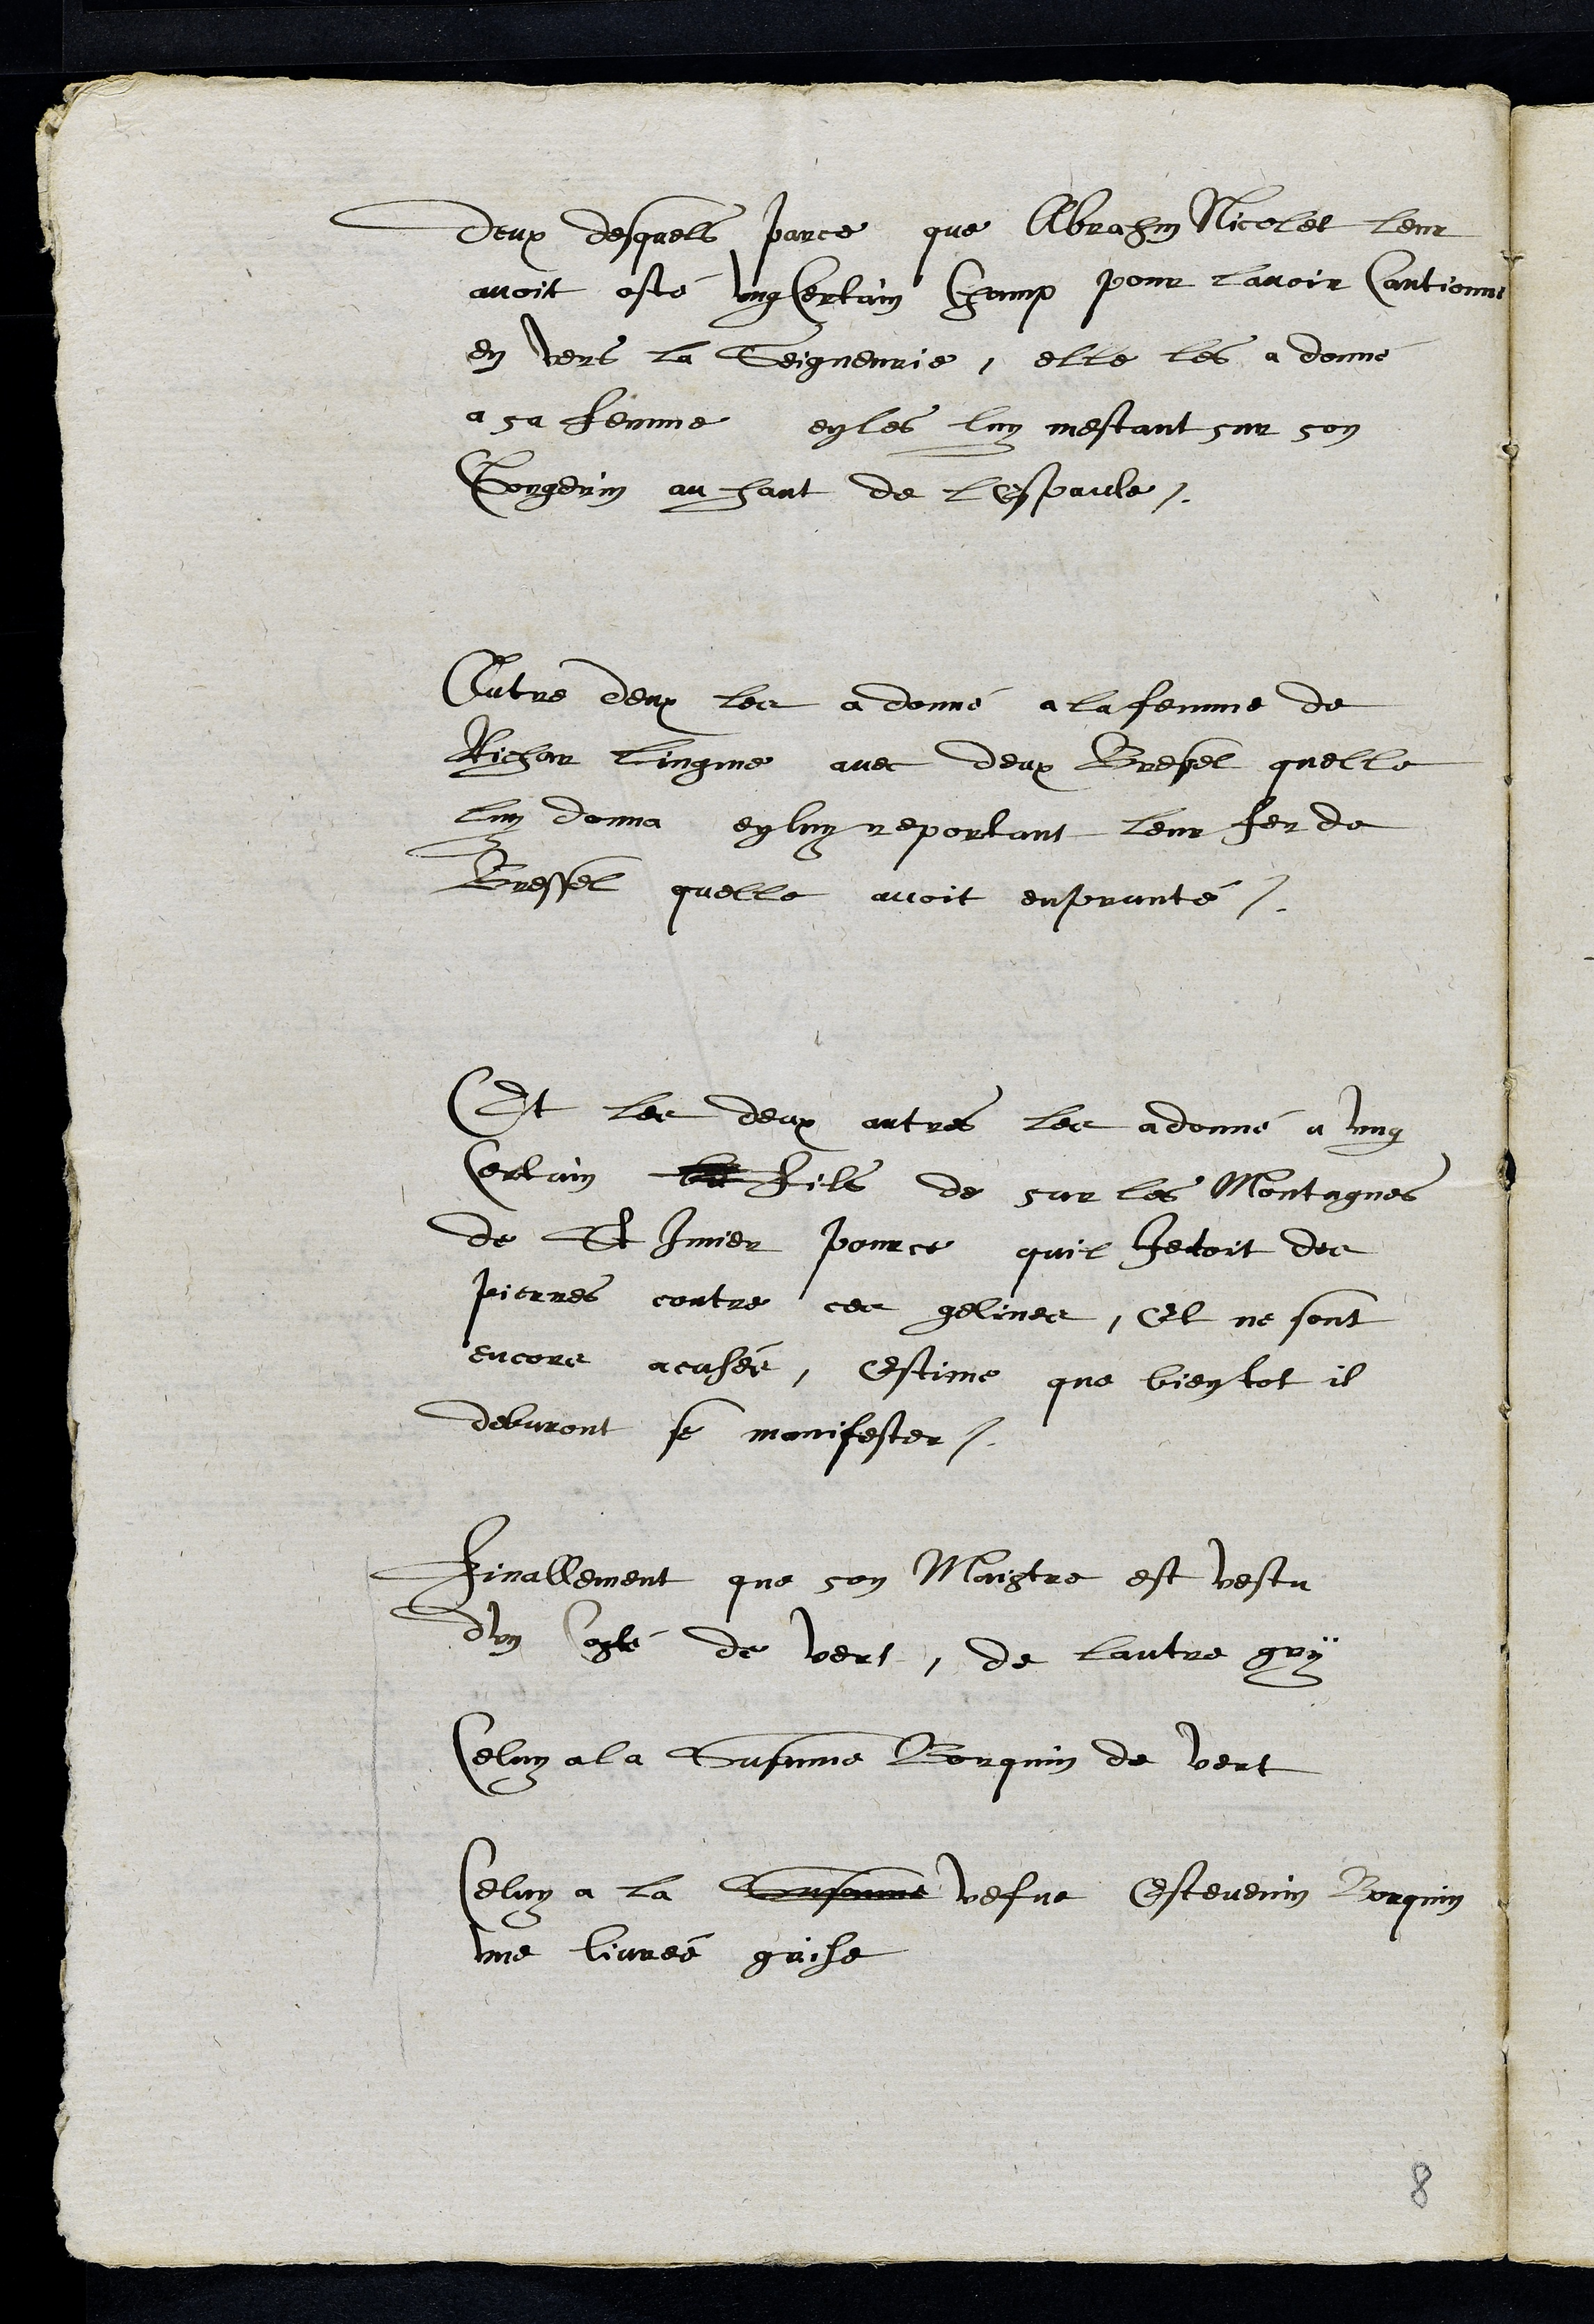
deux desquels parce que Abrahm Nicolet leur
avoit osté ung certain champ pour lavoir cautionné
en vers la Seigneurie, elle les a donné
a sa femme en les luy mestant sur son
Gorgerin au haut de lespaule.
Autre deux les a donné a la femme de
Richar Lingme avec deux Bresel quelle
luy donna en luy reportant leur fer de
Bressel quelle avoit emprunté,
Et les deux autres les a donné à ung
Certain le fils de sur la Montagne
de St Imier pource quil jetoit des
pierres contre ces gelines, et ne sont
encore acusés, estime que bien tot il
debvront son manifester.
Finallement que son Maistre est vestu
dun costé de vert, de lautre gry
Celuy a la Susanne Borquin de Vert
Celuy a la Susanne vefve Estevenin Borquin
une livrée grise
8